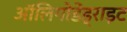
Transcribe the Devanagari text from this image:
ऑलिगोडेंड्राइट